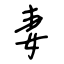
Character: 妻